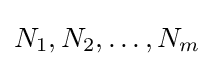
N_{1},N_{2},\ldots ,N_{m}